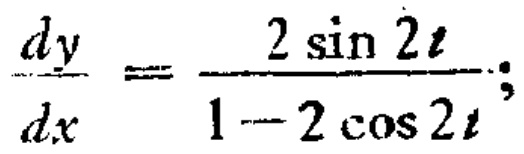
$\frac{dy}{dx}=\frac{2\sin 2t}{1 - 2\cos 2t};$